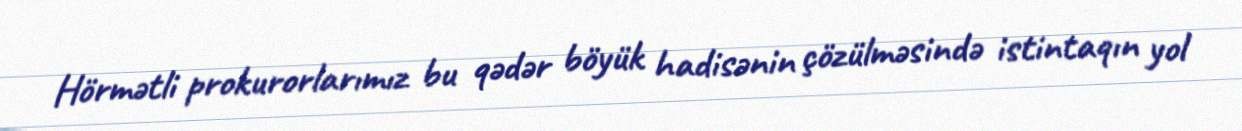
Hörmətli prokurorlarımız bu qədər böyük hadisənin çözülməsində istintaqın yol